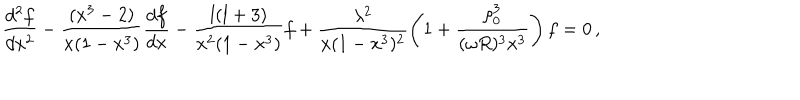
LaTeX: \frac { d ^ { 2 } f } { d x ^ { 2 } } - \frac { ( x ^ { 3 } - 2 ) } { x ( 1 - x ^ { 3 } ) } \frac { d f } { d x } - \frac { l ( l + 3 ) } { x ^ { 2 } ( 1 - x ^ { 3 } ) } f + \frac { \lambda ^ { 2 } } { x ( 1 - x ^ { 3 } ) ^ { 2 } } \left( 1 + \frac { \rho _ { 0 } ^ { 3 } } { ( \omega R ) ^ { 3 } x ^ { 3 } } \right) f = 0 \, ,